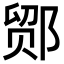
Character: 𬪍